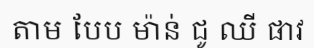
តាម បែប ម៉ាន់ ជូ ឈី ផាវ